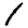
Digit: 1